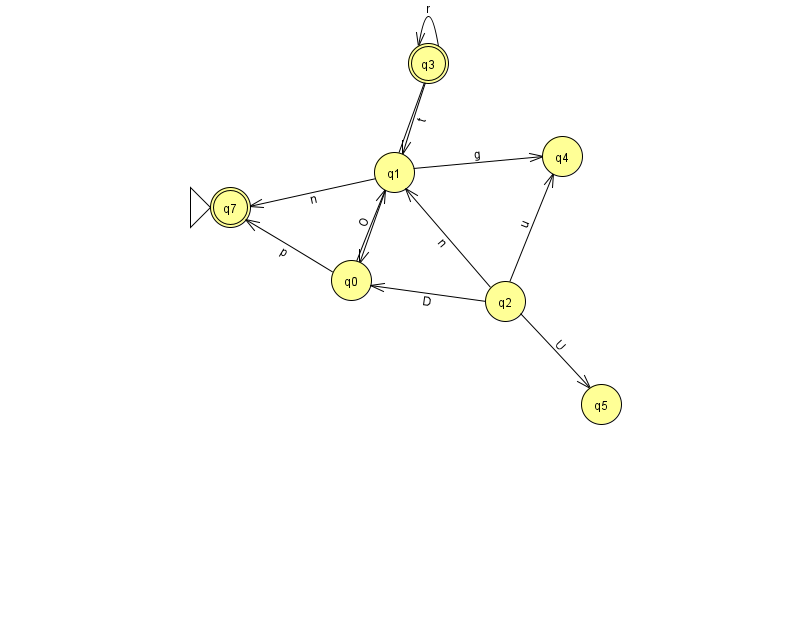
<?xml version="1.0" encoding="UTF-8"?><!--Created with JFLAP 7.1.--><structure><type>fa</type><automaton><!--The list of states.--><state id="0" name="q0"><x>351.0</x><y>267.0</y></state><state id="1" name="q1"><x>394.0</x><y>159.0</y></state><state id="2" name="q2"><x>505.0</x><y>288.0</y></state><state id="3" name="q3"><x>428.0</x><y>50.0</y><final/></state><state id="4" name="q4"><x>562.0</x><y>143.0</y></state><state id="5" name="q5"><x>601.0</x><y>391.0</y></state><state id="7" name="q7"><x>230.0</x><y>194.0</y><initial/><final/></state><!--The list of transitions.--><transition><from>1</from><to>7</to><read>n</read></transition><transition><from>2</from><to>5</to><read>U</read></transition><transition><from>3</from><to>3</to><read>r</read></transition><transition><from>2</from><to>4</to><read>u</read></transition><transition><from>2</from><to>1</to><read>n</read></transition><transition><from>3</from><to>1</to><read>t</read></transition><transition><from>3</from><to>0</to><read>D</read></transition><transition><from>0</from><to>1</to><read>O</read></transition><transition><from>0</from><to>7</to><read>p</read></transition><transition><from>1</from><to>4</to><read>g</read></transition><transition><from>2</from><to>0</to><read>D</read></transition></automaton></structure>